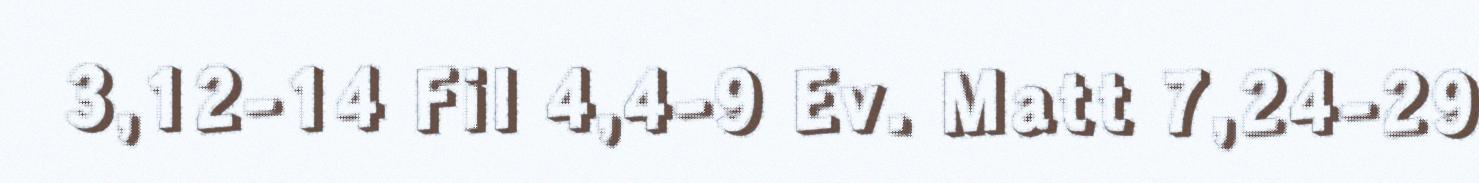
3,12-14 Fil 4,4-9 Ev. Matt 7,24-29